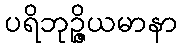
ပရိဘုဉ္ဇိယမာနာ